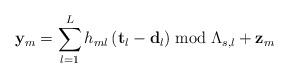
LaTeX: \begin{align*}\mathbf{y}_{m}=\sum_{l=1}^{L}h_{ml}\left(\mathbf{t}_{l}-\mathbf{d}_{l}\right)\bmod\Lambda_{s,l}+\mathbf{z}_{m}\end{align*}